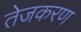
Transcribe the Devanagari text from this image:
तेजकरण